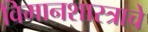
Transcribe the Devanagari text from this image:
विमानशास्त्राचे